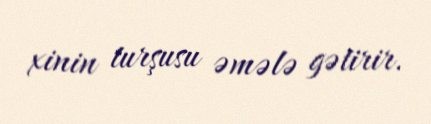
xinin turşusu əmələ gətirir.